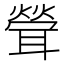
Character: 𦖽